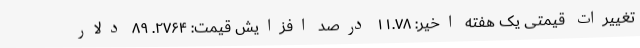
تغییرات قیمتی یک هفته اخیر: ۱۱.۷۸ درصد افزایش قیمت: ۲۷۶۴. ۸۹ دلار